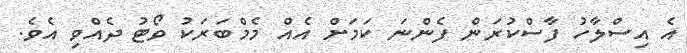
އެ އިސްލާހު ފާސްކުރަން ފެންނަ ކަމަށް އެއް މެމްބަރަކު ވޯޓު ދެއްވި އެވެ.